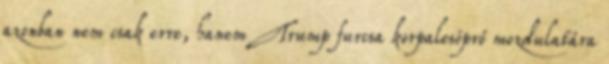
azonban nem csak erre, hanem Trump furcsa korpalesöprő mozdulatára